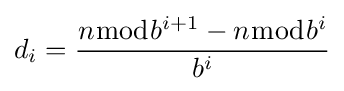
d_{i}={\frac {n{\bmod {b^{i+1}}}-n{\bmod {b^{i}}}}{b^{i}}}